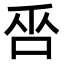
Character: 𠱦